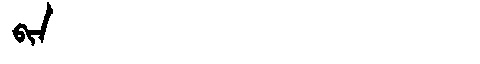
Manchu: ᠪᡳᠨ
Romanization: BIN